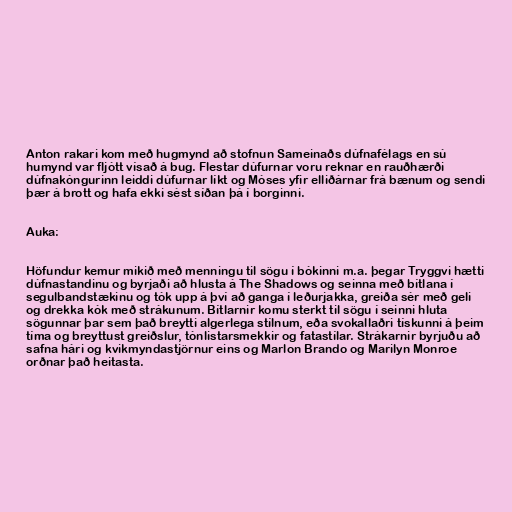
Anton rakari kom með hugmynd að stofnun Sameinaðs dúfnafélags en sú
humynd var fljótt vísað á bug. Flestar dúfurnar voru reknar en rauðhærði
dúfnakóngurinn leiddi dúfurnar líkt og Móses yfir elliðárnar frá bænum og sendi
þær á brott og hafa ekki sést síðan þá í borginni.

Auka:

Höfundur kemur mikið með menningu til sögu í bókinni m.a. þegar Tryggvi hætti
dúfnastandinu og byrjaði að hlusta á The Shadows og seinna með bítlana í
segulbandstækinu og tók upp á því að ganga í leðurjakka, greiða sér með geli
og drekka kók með strákunum. Bítlarnir komu sterkt til sögu í seinni hluta
sögunnar þar sem það breytti algerlega stílnum, eða svokallaðri tískunni á þeim
tíma og breyttust greiðslur, tónlistarsmekkir og fatastílar. Strákarnir byrjuðu að
safna hári og kvikmyndastjörnur eins og Marlon Brando og Marilyn Monroe
orðnar það heitasta.